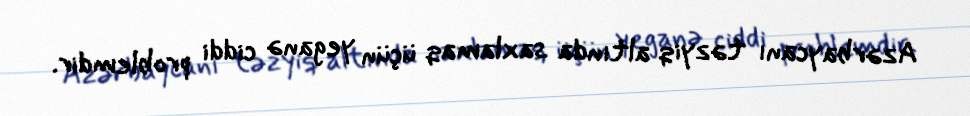
Azərbaycanı təzyiq altında saxlamaq üçün yeganə ciddi problemdir.